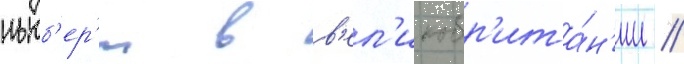
ньюб'ер'и в в'ел'икобр'ита́н'ии /